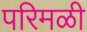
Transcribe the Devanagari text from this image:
परिमळी